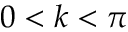
0 < k < \pi